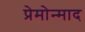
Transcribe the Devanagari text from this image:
प्रेमोन्माद